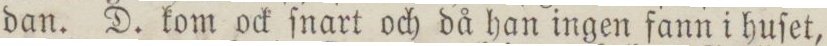
dan. D. kom ock ſnart och då han ingen fann i huſet,